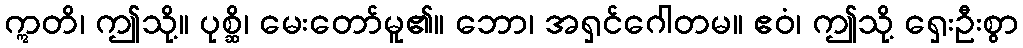
ဣတိ၊ ဤသို့။ ပုစ္ဆိ၊ မေးတော်မူ၏။ ဘော၊ အရှင်ဂေါတမ။ ဧဝံ၊ ဤသို့ ရှေးဦးစွာ